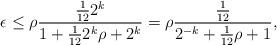
LaTeX: \begin{align*}\epsilon \leq \rho \frac{\frac{1}{12}2^k}{1 + \frac{1}{12}2^k \rho + 2^k} = \rho \frac{\frac{1}{12}}{2^{-k} + \frac{1}{12} \rho + 1},\end{align*}